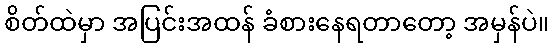
စိတ်ထဲမှာ အပြင်းအထန် ခံစားနေရတာတော့ အမှန်ပဲ။